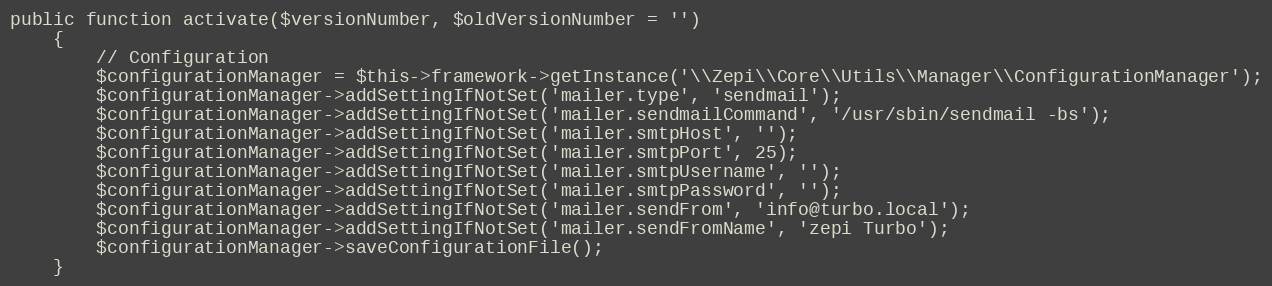
Language: PHP
public function activate($versionNumber, $oldVersionNumber = '')
    {
        // Configuration
        $configurationManager = $this->framework->getInstance('\\Zepi\\Core\\Utils\\Manager\\ConfigurationManager');
        $configurationManager->addSettingIfNotSet('mailer.type', 'sendmail');
        $configurationManager->addSettingIfNotSet('mailer.sendmailCommand', '/usr/sbin/sendmail -bs');
        $configurationManager->addSettingIfNotSet('mailer.smtpHost', '');
        $configurationManager->addSettingIfNotSet('mailer.smtpPort', 25);
        $configurationManager->addSettingIfNotSet('mailer.smtpUsername', '');
        $configurationManager->addSettingIfNotSet('mailer.smtpPassword', '');
        $configurationManager->addSettingIfNotSet('mailer.sendFrom', 'info@turbo.local');
        $configurationManager->addSettingIfNotSet('mailer.sendFromName', 'zepi Turbo');
        $configurationManager->saveConfigurationFile();
    }